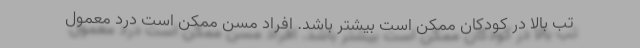
تب بالا در کودکان ممکن است بیشتر باشد. افراد مسن ممکن است درد معمول